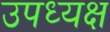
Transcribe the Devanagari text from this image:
उपध्यक्ष